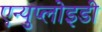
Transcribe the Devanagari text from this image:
एन्युप्लोइडी